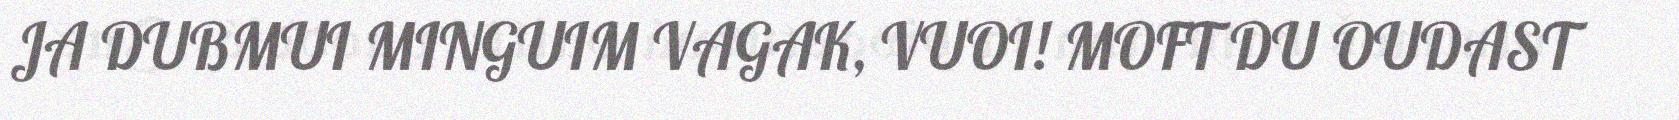
JA DUBMUI MINGUIM VAGAK, VUOI! MOFT DU OUDAST